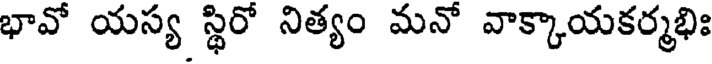
భావో యస్య స్థిరో నిత్యం మనో వాక్కాయకర్మభిః